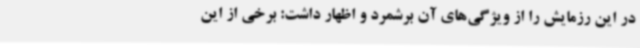
در این رزمایش را از ویژگی‌های آن برشمرد و اظهار داشت: برخی از این